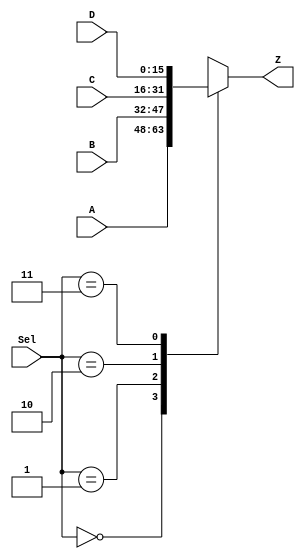
`timescale 1ns / 1ps
//////////////////////////////////////////////////////////////////////////////////
// Company: 
// Engineer: 
// 
// Design Name: 
// Module Name:    RISCmodifiedmux 
// Project Name: 
// Target Devices: 
// Tool versions: 
// Description: 
//
// Dependencies: 
//
// Revision: 
// Revision 0.01 - File Created
// Additional Comments: 
//
//////////////////////////////////////////////////////////////////////////////////
module RISCmodified4to1mux(
    input [15:0] A,
    input [15:0] B,
    input [15:0] C,
    input [15:0] D,
    input [1:0]  Sel,
    output reg [15:0] Z
    );
	 
	always @(A or B or C or D or Sel)
		case (Sel)
			2'b00:	Z = A;
			2'b01:	Z = B;
			2'b10:	Z = C;
			2'b11:	Z = D;
		endcase	
		
endmodule